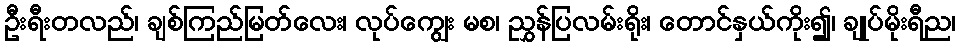
ဦးရီးတလည်၊ ချစ်ကြည်မြတ်လေး၊ လုပ်ကျွေး မစ၊ ညွှန်ပြလမ်းရိုး၊ တောင်နှယ်ကိုး၍၊ ချုပ်မိုးရီည၊